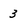
Character: 3